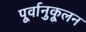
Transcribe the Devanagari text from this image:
पूर्वानुकूलन